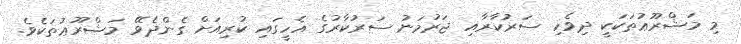
މި މަޝްރޫޢުތަކަކީ ދިވެހި ސަރުކާރާއި ޖަރުމަނު ސަރުކާރުގެ އެހީގައި ކުރިއަށް ގެންދެވޭ މަޝްރޫޢުތަކެވެ.